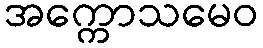
အက္ကောသမေဝ